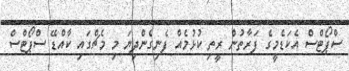
ސްޕޯޓްސް އެކަޑެމީގެ ފަރާތުން ރީތި ކުޅުމެއް ފެނިގެންދިޔަ މި މެޗްގައި ކާއްޑޭ ސްޕޯޓްސް